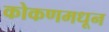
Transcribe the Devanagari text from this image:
कोकणमधून